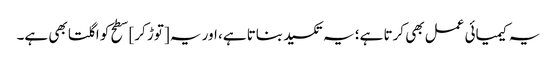
یہ کیمیائی عمل بھی کرتا ہے؛ یہ تکسید بناتا ہے، اور یہ [توڑ کر] سطح کو اگلتا بھی ہے۔